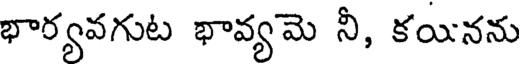
భార్యవగుట భావ్యమె నీ, కయినను